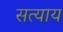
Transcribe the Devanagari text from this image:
सत्याय